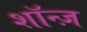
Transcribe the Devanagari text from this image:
शॉन्ज़